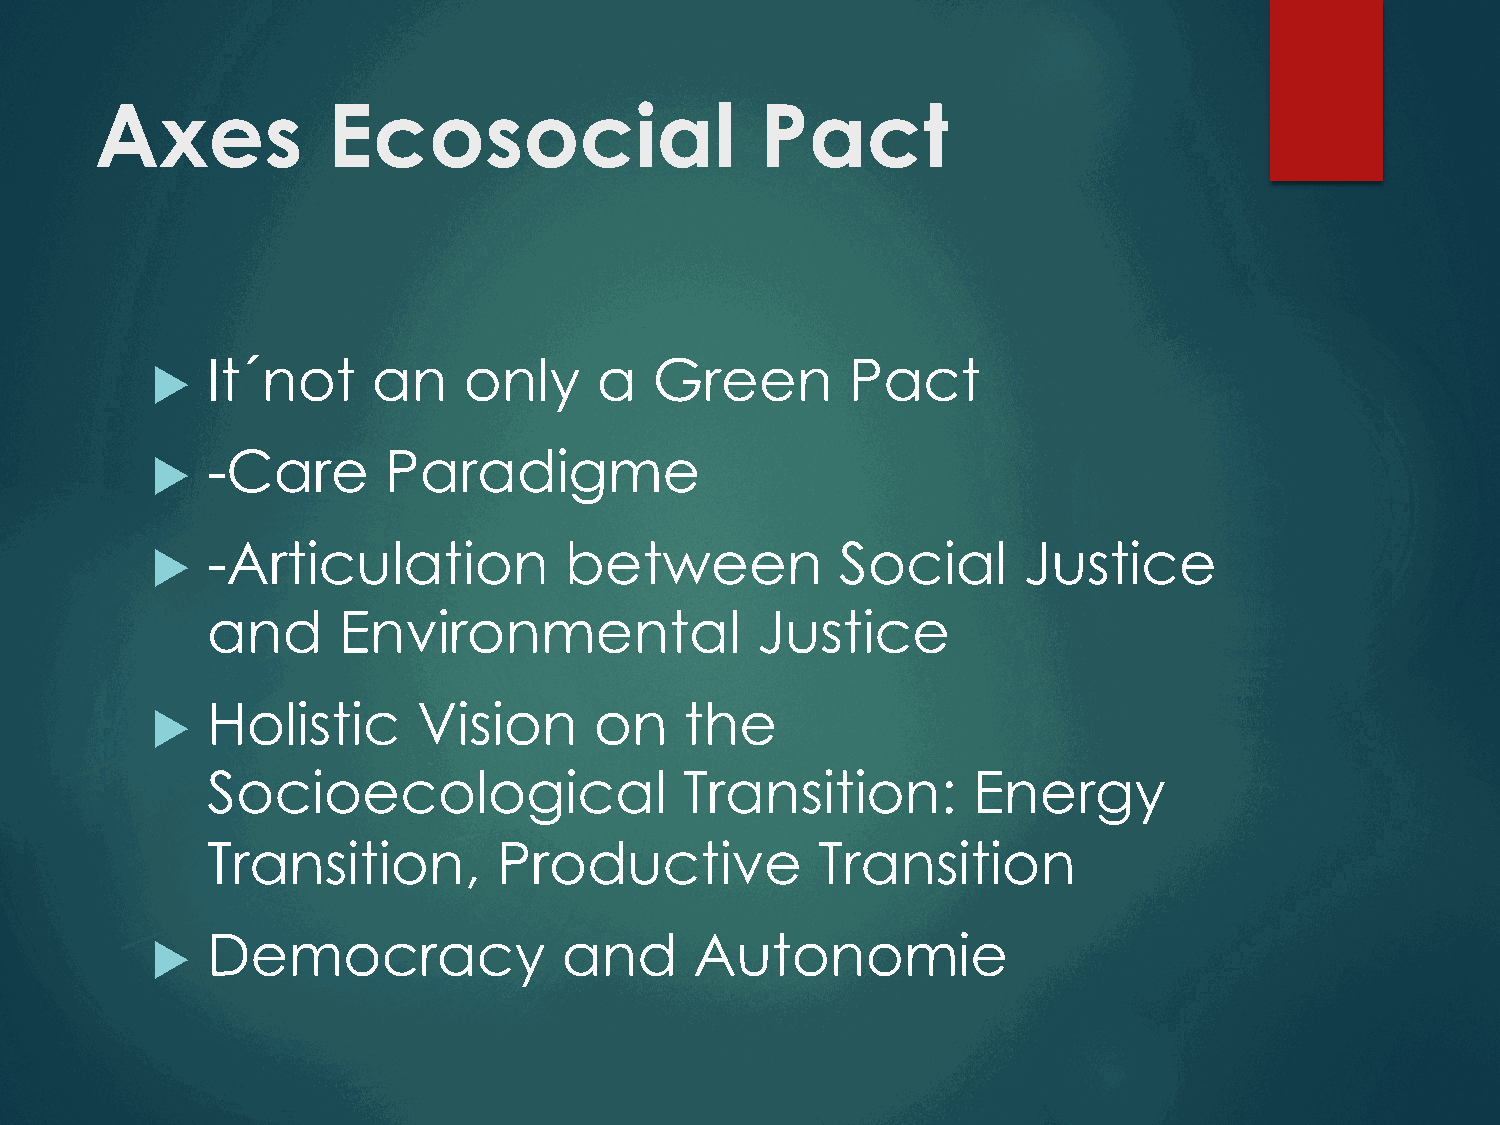
Axes            Ecosocial                   Pact
 It´not     an    only    a   Green        Pact
 u
 -Care      Paradigme
 u
 -Articulation          between            Social      Justice
 u
 and     Environmental               Justice
 Holistic      Vision     on    the
 u
 Socioecological                Transition:        Energy
 Transition,        Productive           Transition
 Democracy              and      Autonomie
 u